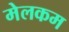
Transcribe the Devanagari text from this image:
मेलकम